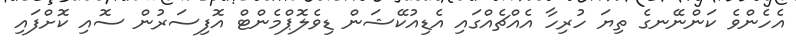
އެހެންވެ ކަންނޭނގެ ތިޔަ ހުރިހާ އެއްޗެއްގައި އެޑިއުކޭޝަން ޑިވެލޮޕްމެންޓް އޮފިސަރުން ސޮއި ކޮށްފައި